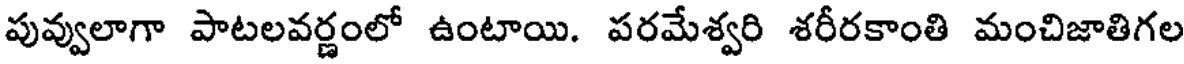
పువ్వులాగా పాటలవర్ణంలో ఉంటాయి. పరమేశ్వరి శరీరకాంతి మంచిజాతిగల